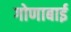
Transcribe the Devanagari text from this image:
गोणाबाई